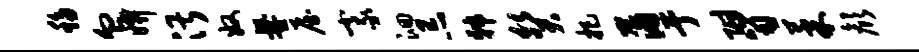
移血妍湛奴爨屋豪洄忌韩癸把蒲亍附笥果颜